Proceedings of the meeting of veterinary officers in India
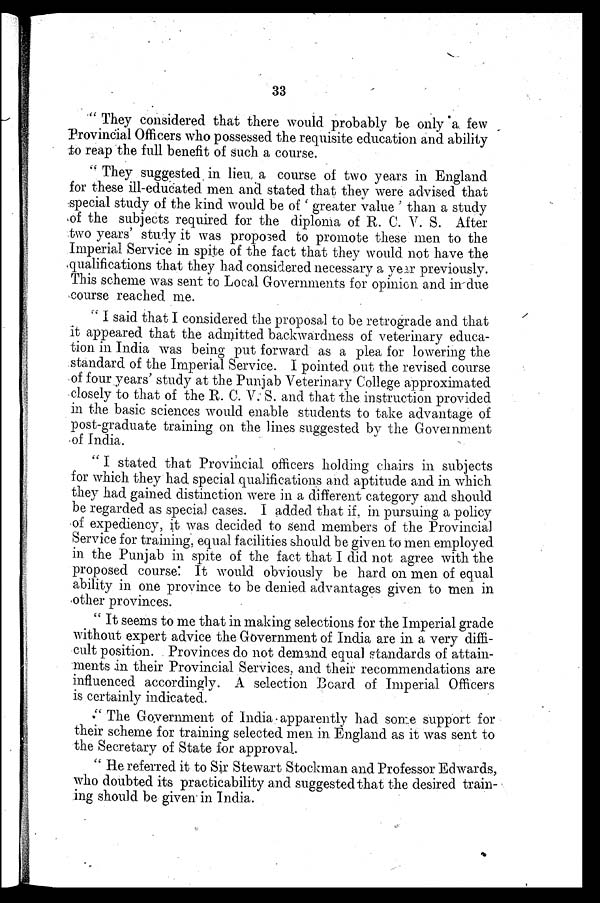
33
"They considered that there would probably be only a few
Provincial Officers who possessed the requisite education and ability
to reap the full benefit of such a course.
"They suggested in lieu a course of two years in England
for these ill-educated men and stated that they were advised that
special study of the kind would be of 'greater value' than a study
of the subjects required for the diploma of R. C. V. S. After
two years' study it was proposed to promote these men to the
Imperial Service in spite of the fact that they would not have the
qualifications that they had considered necessary a year previously.
This scheme was sent to Local Governments for opinion and in due
course reached me.
"I said that I considered the proposal to be retrograde and that
it appeared that the admitted backwardness of veterinary educa-
tion in India was being put forward as a plea for lowering the
standard of the Imperial Service. I pointed out the revised course
of four years' study at the Punjab Veterinary College approximated
closely to that of the R. C. V. S. and that the instruction provided
in the basic sciences would enable students to take advantage of
post-graduate training on the lines suggested by the Government
of India.
"I stated that Provincial officers holding chairs in subjects
for which they had special qualifications and aptitude and in which
they had gained distinction were in a different category and should
be regarded as special cases. I added that if. in pursuing a policy
of expediency, it was decided to send members of the Provincial
Service for training, equal facilities should be given to men employed
in the Punjab in spite of the fact that I did not agree with the
proposed course: It would obviously be hard on men of equal
ability in one province to be denied advantages given to men in
other provinces.
"It seems to me that in making selections for the Imperial grade
without expert advice the Government of India are in a very diffi-
cult position. Provinces do not demand equal standards of attain-
ments in their Provincial Services, and their recommendations are
influenced accordingly. A selection Board of Imperial Officers
is certainly indicated.
"The Government of India apparently had some support for
their scheme for training selected men in England as it was sent to
the Secretary of State for approval.
"He referred it to Sir Stewart Stockman and Professor Edwards,
who doubted its practicability and suggested that the desired train-
ing should be given in India.